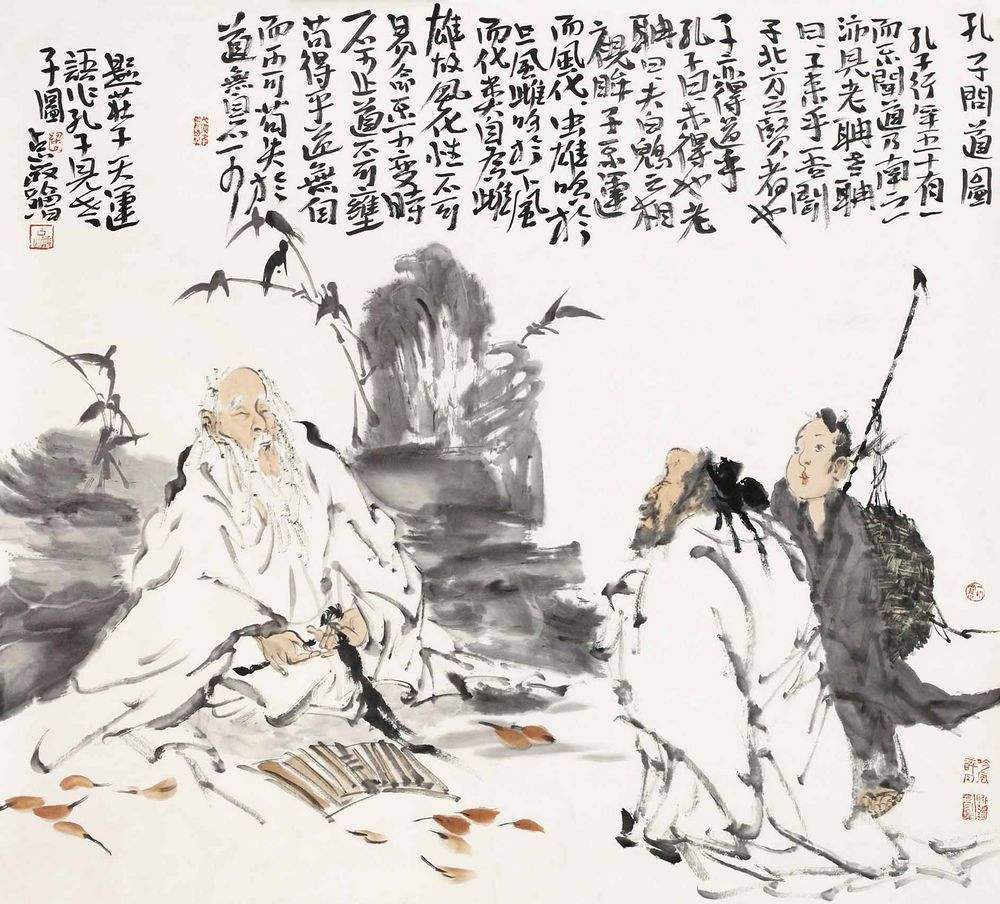
恶之者众则危。